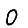
Digit: 0